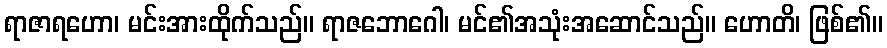
ရာဇာရဟော၊ မင်းအားထိုက်သည်။ ရာဇဘောဂေါ၊ မင်၏အသုံးအဆောင်သည်။ ဟောတိ၊ ဖြစ်၏။